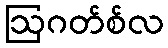
ဩဂတ်စ်လ